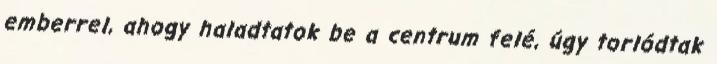
emberrel, ahogy haladtatok be a centrum felé, úgy torlódtak